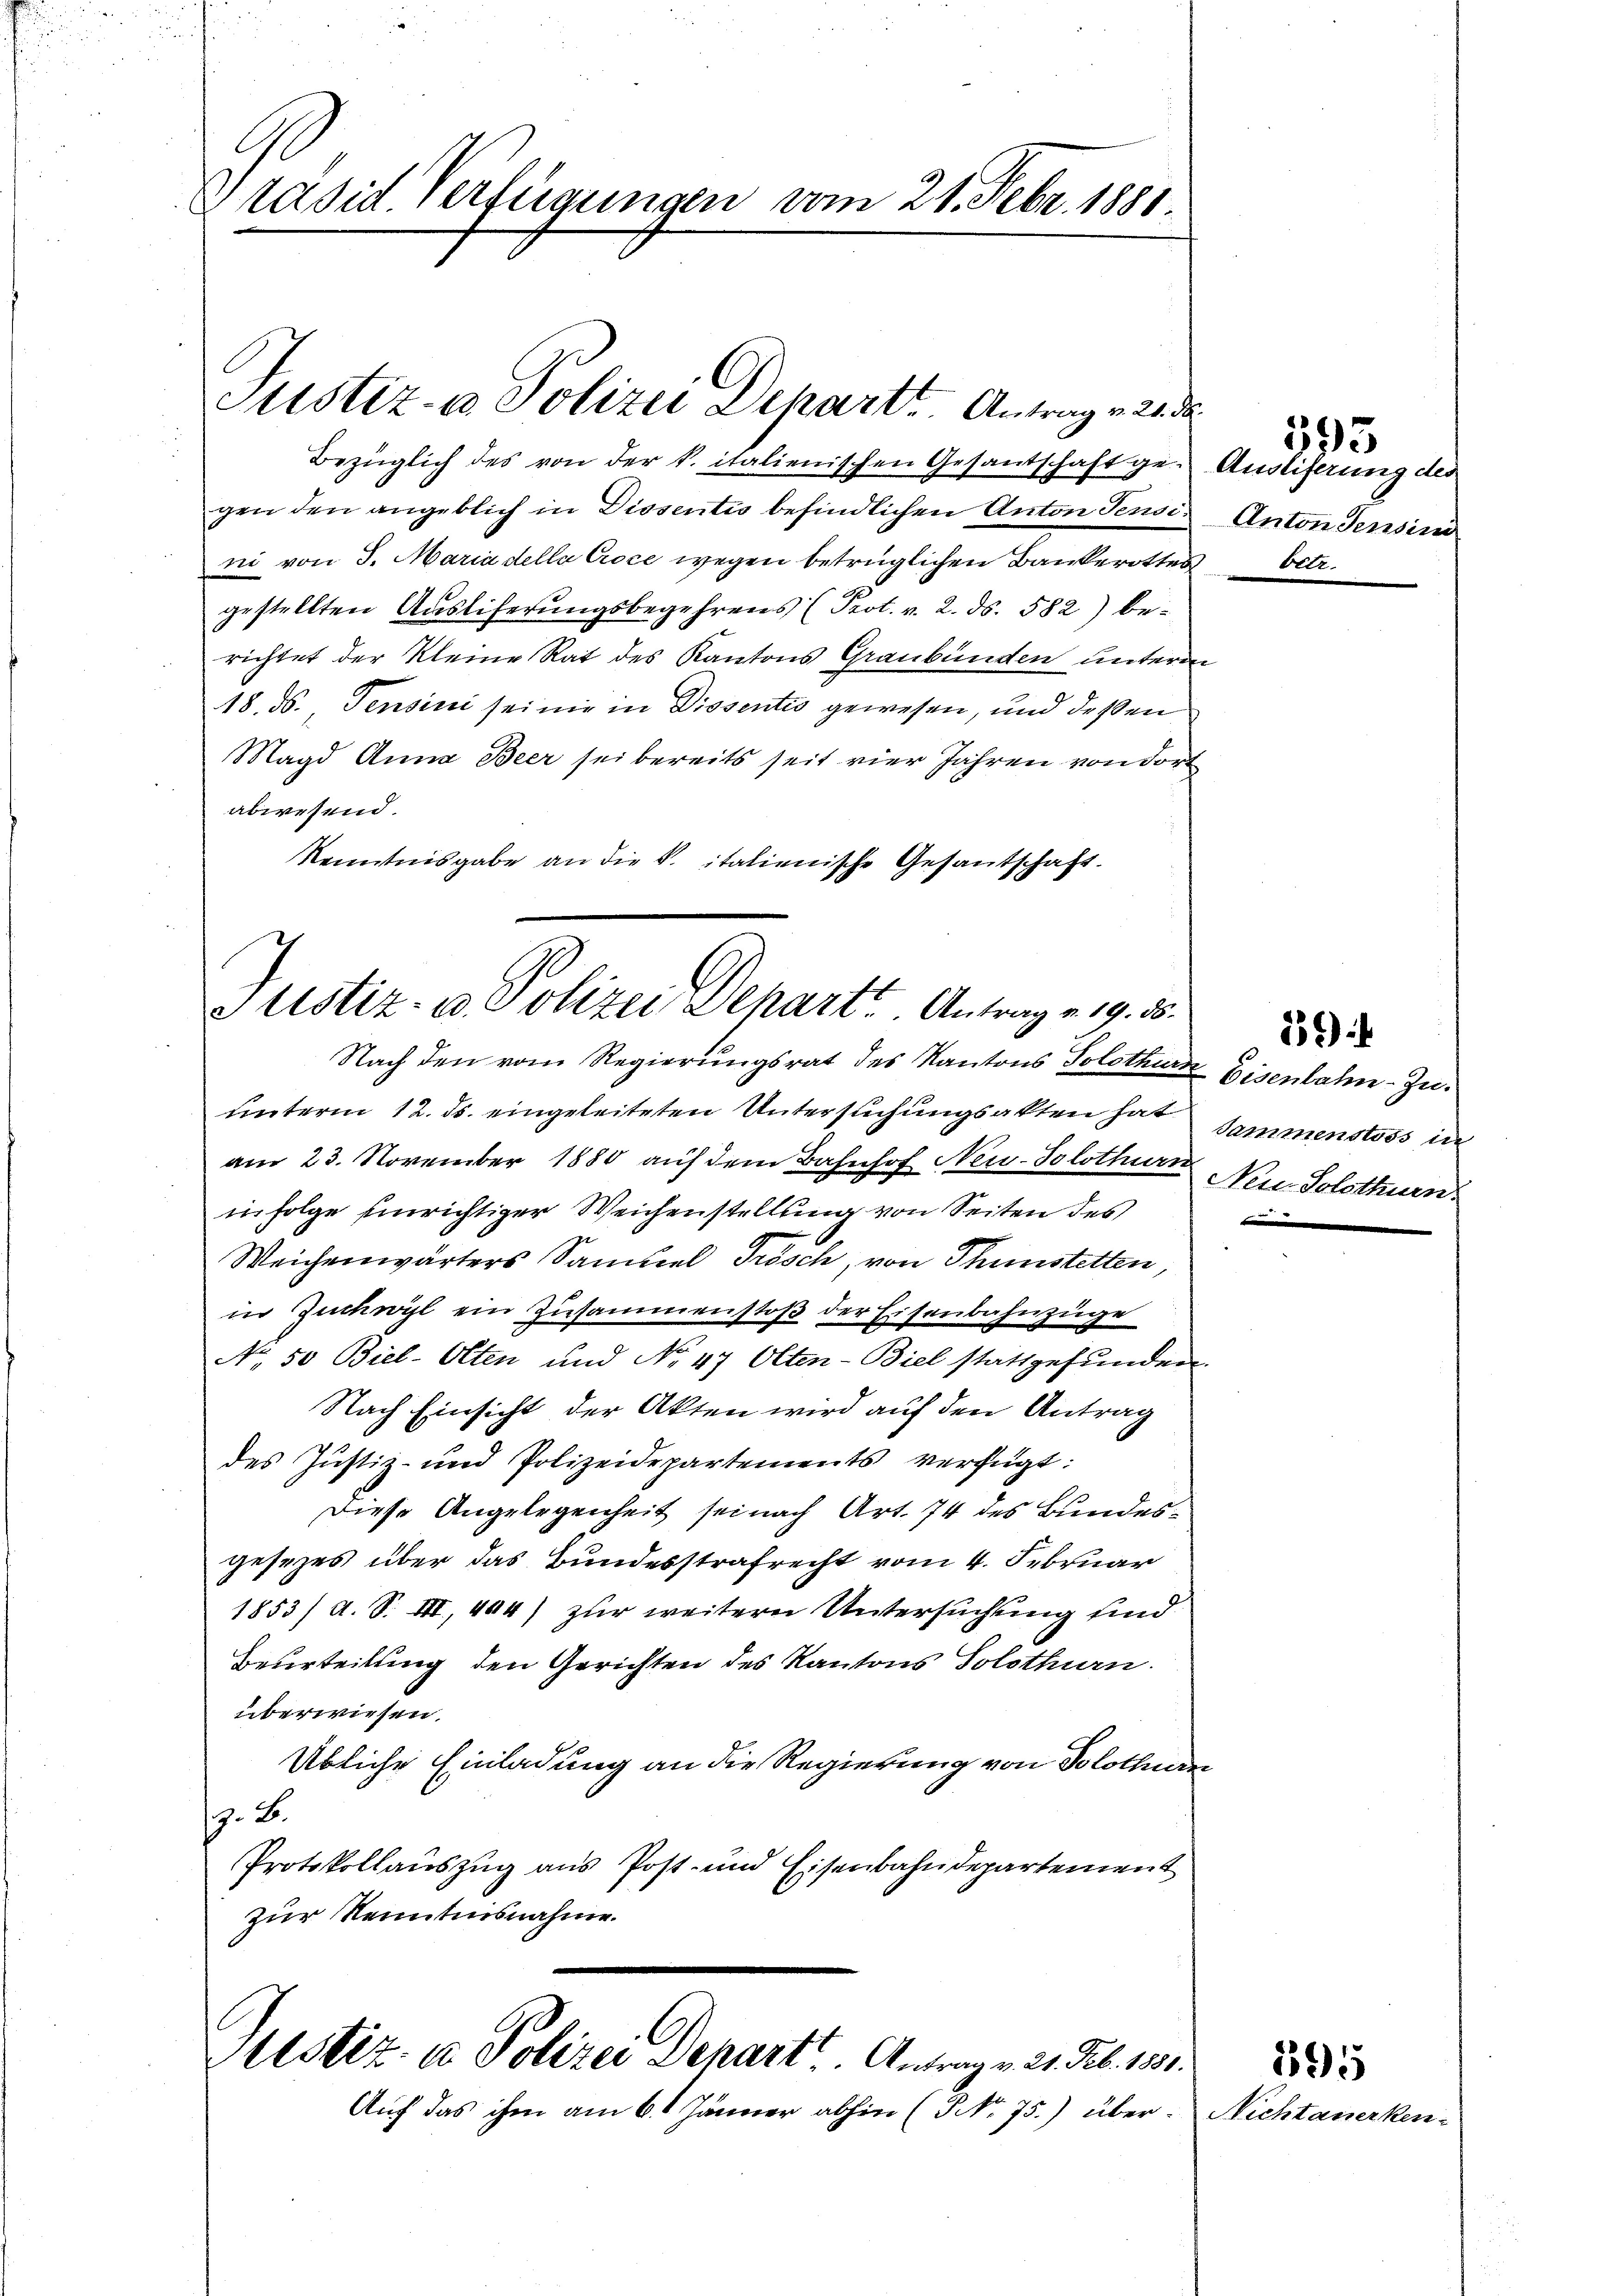
Präsid. Verfügungen vom 21. Febr. 1881

Justiz- & Polizei Departe Antrag v. 21. da

Bezüglich des von der k. italienischen Gesantschaft ge- Ausliferung des
gen den angeblich in Dissentis befindlichen Anton Jense Anton Jensini
ni von S. Maria della Croce wegen betrüglichen Bankerottes betr.
gestellten Ausliferungsbegehrens (Prot. v. 2. ds. 582) be-
richtet der Kleine Rat des Kantons Graubünden unterm
18. 56. Pensini sei nie in Dissentis gewesen, und deßen
Magd Anna Beer sei bereits seit vier Jahren von dort
abwesend.
Kenntnisgabe an die S. italienische Gesantschaft.

Justiz- & Polizei Depart. Antrage 19. 35.
Nach den vom Regierungsrat des Kantons Solothurn Eisenbahn-Zu¬

Sistiz- & Polizei Depart. Antrag v. 2. Feb. 1831.
Auf das ihm am 6. Jänner abhin (NNo. 75.) über¬

unterm 12. ds. eingeleiteten Untersuchungsakten hat sammenstoss in
am 23. November 1880 auf dem Bahnhof Neu-Solothur Neu Solothurn
infolge einrichtiger Weichenstellung von Seiten des
Weichenwärters Samuel Frösch, von Thunstetten,
in Zuchwyl ein Zusammenstoß der Eisenbahnzüge
No. 50 Biel-Olten und No 47 Olten-Biel stattgefunden.
Nach Einsicht der Akten wird auf den Antrag
des Justiz- und Polizeidepartements verfügt:
Diese Angelegenheit sei nach Art. 74 des Bundesgesezes über das Bundesstrafrecht vom 4. Februar
1853/ A. S. III, 404) zur weitere Untersuchung sind
Beurteilung den Gerichten des Kantons Solothurn.
überwiesen.
Übliche Einladung an die Regierung von Solothurn
z. B.
Protokollauszug aus Post- und Eisenbahndepartement
zur Kenntnisnahme.

593

B

22)

Nichtanerken.

395